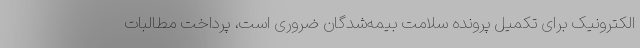
الکترونیک برای تکمیل پرونده سلامت بیمه‌شدگان ضروری است، پرداخت مطالبات